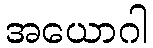
အယောဂါ